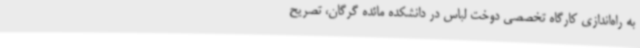
به راه‌اندازی کارگاه تخصصی دوخت لباس در دانشکده مائده گرگان، تصریح